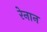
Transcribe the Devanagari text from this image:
रेनान